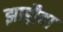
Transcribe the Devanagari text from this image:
झाड़ौदा